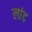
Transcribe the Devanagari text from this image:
लांद